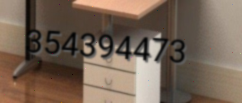
354394473